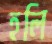
হলি